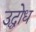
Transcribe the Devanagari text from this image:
उद्घोध